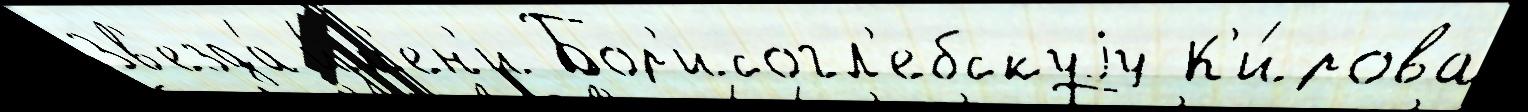
Зв'езда́ и́м'ен'и Бор'исогл'ебскуjу К'и́рова